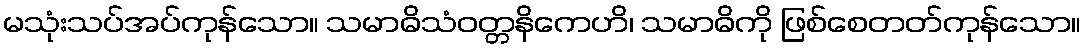
မသုံးသပ်အပ်ကုန်သော။ သမာဓိသံဝတ္တနိကေဟိ၊ သမာဓိကို ဖြစ်စေတတ်ကုန်သော။